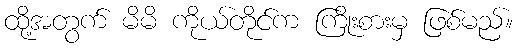
ထို့အတွက် မိမိ ကိုယ်တိုင်က ကြိုးစားမှ ဖြစ်မည်။